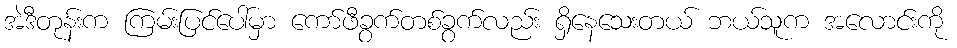
အဲဒီတုန်းက ကြမ်းပြင်ပေါ်မှာ ကော်ဖီခွက်တစ်ခွက်လည်း ရှိနေသေးတယ် ဘယ်သူက အလောင်းကို